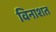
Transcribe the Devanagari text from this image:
विनाशत